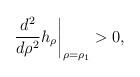
LaTeX: \begin{align*} \left.\frac{d^2}{d\rho^2} h_{\rho}\right|_{\rho=\rho_1} > 0, \end{align*}